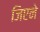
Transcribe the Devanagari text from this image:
जिएने